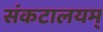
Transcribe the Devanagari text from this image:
संकटालयम्